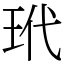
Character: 玳